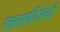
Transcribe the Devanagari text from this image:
जलक्रीडेची